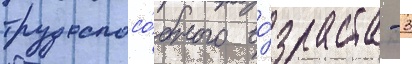
трудоспосо́бного во́зраста - 3